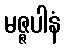
မဇ္ဇပါနံ